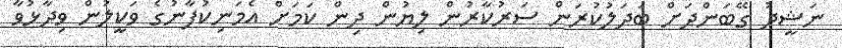
ނަޝީދު ގޭބަންދަށް ބަދަލުކުރަން ސަރުކާރުން ލިޔުން ދިން ކަމަށް އެމަނިކުފާނުގެ ވަކީލުން ވިދާޅުވާ